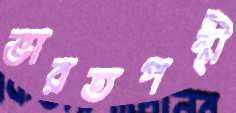
ভারতপন্থী